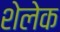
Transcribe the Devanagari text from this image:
शेलेक